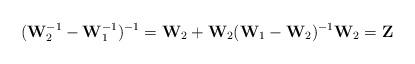
LaTeX: \begin{align*}({\bf W}_2^{-1} - {\bf W}_1^{-1})^{-1} = {\bf W}_2 + {\bf W}_2 ({\bf W}_1 - {\bf W}_2)^{-1} {\bf W}_2 = {\bf Z}\end{align*}